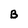
Character: B